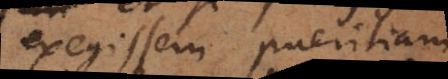
exegissem pueritiam